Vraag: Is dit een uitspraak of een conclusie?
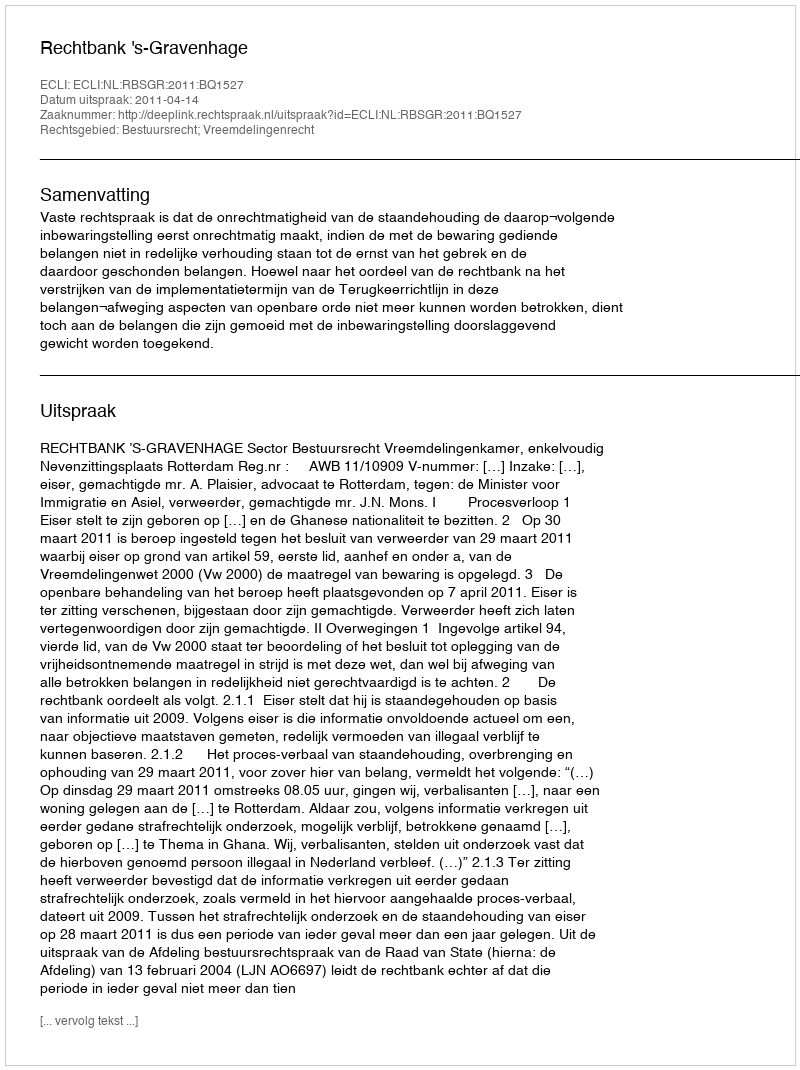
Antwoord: Uitspraak